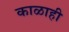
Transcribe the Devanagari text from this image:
काळाही